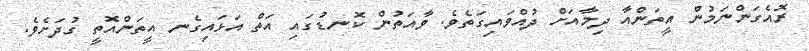
ރޮއެގަންނަމުން އީތަންއާ ދިމާއަށް ދުއްވައިގަތެވެ. ވާއަތުން ކޮނޑުގައި އަތް އަޅައިގެނ އީތަންއޮތީ ގުދަށެވެ.